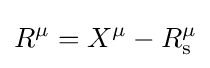
R^{\mu }=X^{\mu }-R_{\rm {s}}^{\mu }